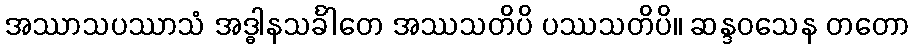
အဿာသပဿာသံ အဒ္ဓါနသင်္ခါတေ အဿသတိပိ ပဿသတိပိ။ ဆန္ဒဝသေန တတော